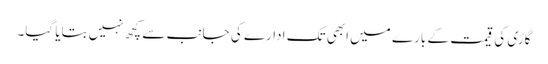
گاڑی کی قیمت کے بارے میں ابھی تک ادارے کی جانب سے کچھ نہیں بتایا گیا۔